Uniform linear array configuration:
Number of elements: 24
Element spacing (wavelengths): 0.25
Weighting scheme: uniform
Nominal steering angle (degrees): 60
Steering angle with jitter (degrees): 60.276
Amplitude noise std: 0.05
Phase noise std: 0.05

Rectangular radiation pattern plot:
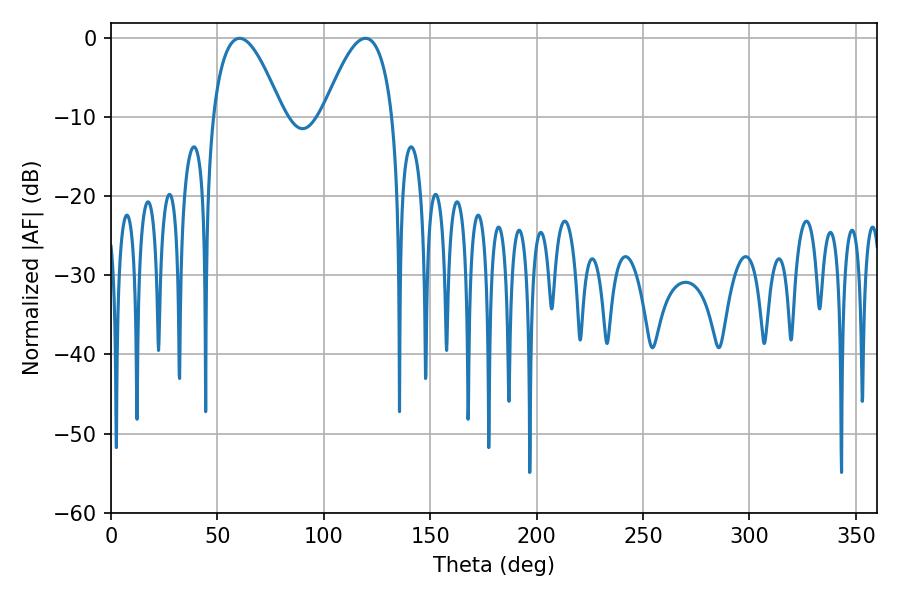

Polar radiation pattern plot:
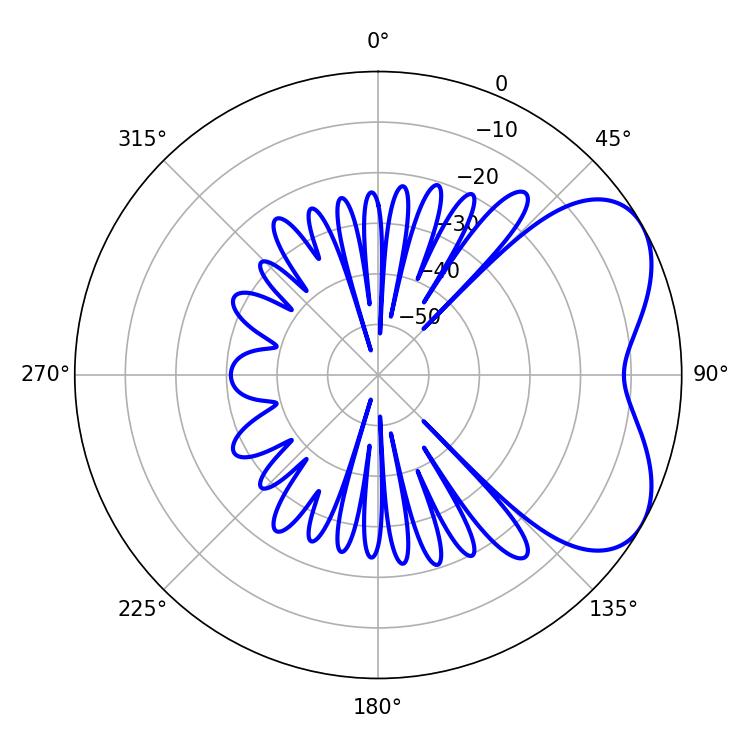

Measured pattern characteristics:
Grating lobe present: FALSE
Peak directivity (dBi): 5.125
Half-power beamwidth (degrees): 18
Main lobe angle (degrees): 60.48